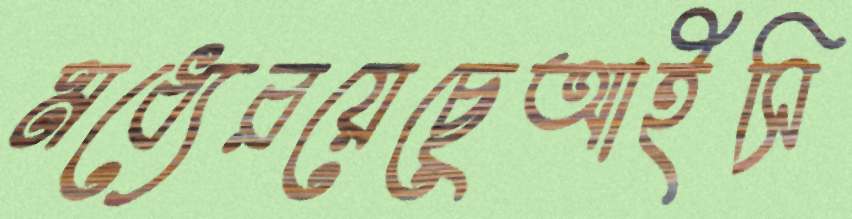
মধ্যেরয়েছেআইসি